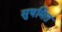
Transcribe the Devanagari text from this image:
सुषमित